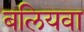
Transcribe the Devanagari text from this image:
बलियवा